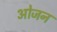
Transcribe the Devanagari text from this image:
ओजन